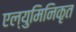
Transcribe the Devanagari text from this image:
एल्युमिनिकृत